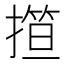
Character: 𢴈